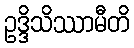
ဥဒ္ဒိသိဿာမီတိ